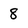
Character: 8